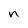
Character: n